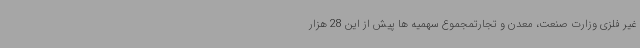
غیر فلزی وزارت صنعت، معدن و تجارتمجموع سهمیه ها پیش از این 28 هزار